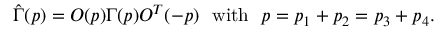
{ \hat { \Gamma } } ( p ) = O ( p ) \Gamma ( p ) O ^ { T } ( - p ) \ \ \mathrm { w i t h } \ \ p = p _ { 1 } + p _ { 2 } = p _ { 3 } + p _ { 4 } .